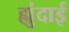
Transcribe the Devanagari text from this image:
ह्युंदाई